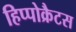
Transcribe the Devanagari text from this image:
हिप्पोक्रैटस